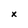
Character: X